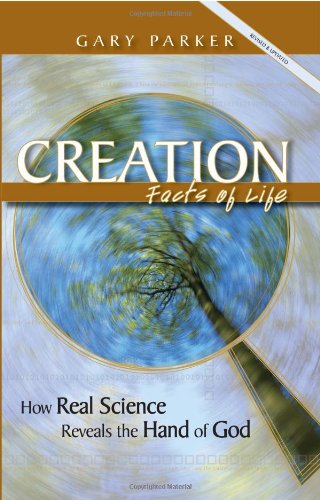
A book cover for Creation: Facts of Life (Revised & Updated); Gary Parker; Christian Books & Bibles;